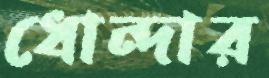
ধোন্দার